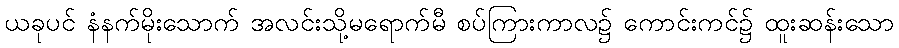
ယခုပင် နံနက်မိုးသောက် အလင်းသို့မရောက်မီ စပ်ကြားကာလ၌ ကောင်းကင်၌ ထူးဆန်းသော